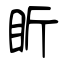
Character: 盺